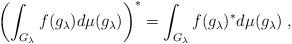
LaTeX: \begin{align*}\left(\int_{G_\lambda}f(g_\lambda)d\mu(g_\lambda)\right)^\ast =\int_{G_\lambda}f(g_\lambda)^\ast d\mu(g_\lambda)\;,\end{align*}